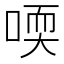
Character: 𠷀